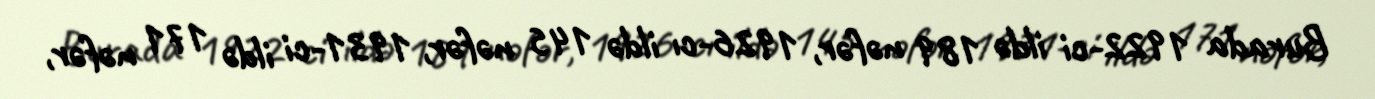
Burada 1922-ci ildə 189 nəfər, 1926-cı ildə 145 nəfər, 1931-ci ildə 171 nəfər,